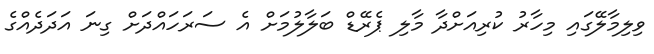
ވިލިމާލޭގައި މިހާރު ކުރިއަށްދާ މާލި ޕެރޭޑް ބަލާލުމަށް އެ ސަރަހައްދަށް ގިނަ އަދަދެއްގެ